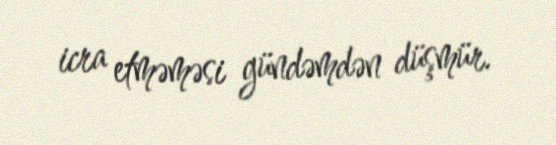
icra etməməsi gündəmdən düşmür.